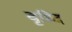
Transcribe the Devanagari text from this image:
बृध्दि